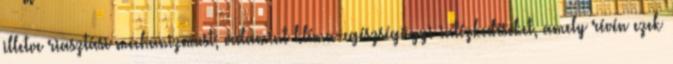
illetve riasztási mechanizmust, valamint klíma-egészségügyi intézkedéseket, amely révén ezek